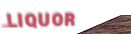
LIQUOR